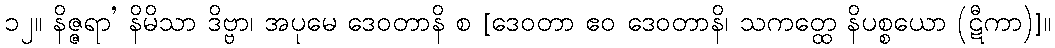
၁၂။ နိဇ္ဇရာ’ နိမိသာ ဒိဗ္ဗာ၊ အပုမေ ဒေဝတာနိ စ [ဒေဝတာ ဧဝ ဒေဝတာနိ၊ သကတ္ထေ နိပစ္စယော (ဋီကာ)]။